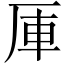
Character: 厙